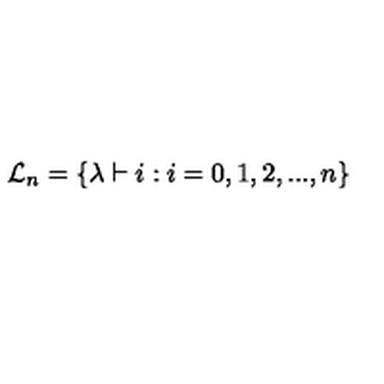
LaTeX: { \cal L } _ { n } = \{ \lambda \vdash i : i = 0 , 1 , 2 , . . . , n \}